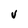
Character: V